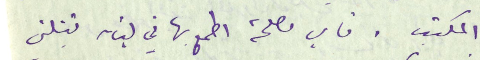
المكتب. فاي مصلحة اطمع بها في لبنان قتلنى